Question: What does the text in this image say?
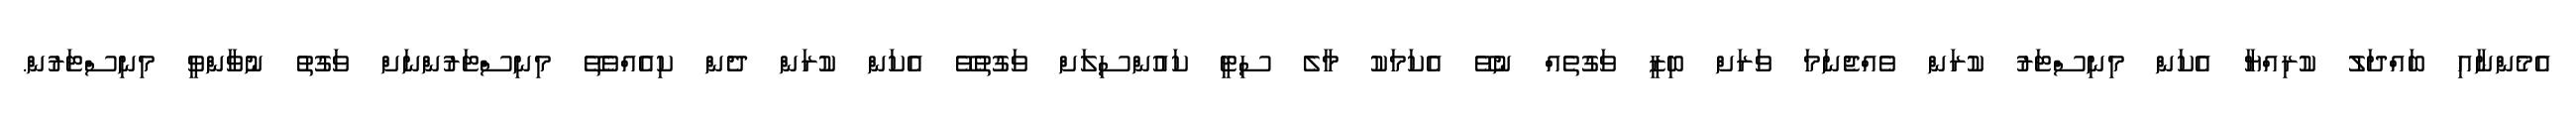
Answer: އެމެންނާއި ބައްދަލު ކުރިއްޔާ އެކަން މިނިސްޓަރު ކުރަން ވެއްޖެނަމަ ވަރަށް ބިޒީ ވަގުތެއް ނުވޭ އެކަމަކު މާލެ ސިޓީ ކައުންސިލަށް ވަގުތުވޭ އެކަން ކުރަން ދެން ކިއެއްވެތޭ މިނިސްޓަރުންނަށް ވަގުތު ނުވާންވީ މިނިސްޓަރުން.